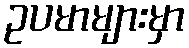
ဥပမာများမှာ